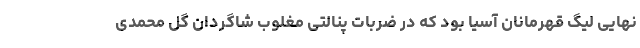
نهایی لیگ قهرمانان آسیا بود که در ضربات پنالتی مغلوب شاگردان گل محمدی